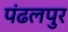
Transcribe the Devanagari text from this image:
पंढलपुर